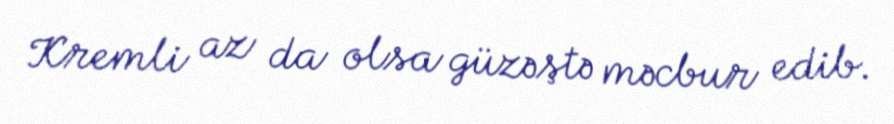
Kremli az da olsa güzəştə məcbur edib.